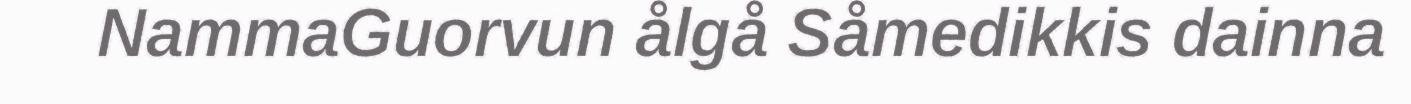
NammaGuorvun ålgå Såmedikkis dainna